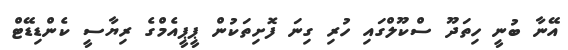
އޭނާ ބުނީ ހިތަދޫ ސްކޫލްގައި ހުރި ގިނަ ފޮށިތަކުން ޕީޕީއެމްގެ ރިޔާސީ ކެންޑިޑޭޓް